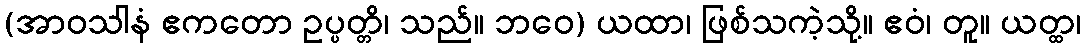
(အာဝသါနံ ဧကတော ဥပ္ပတ္တိ၊ သည်။ ဘဝေ) ယထာ၊ ဖြစ်သကဲ့သို့။ ဧဝံ၊ တူ။ ယတ္ထ၊